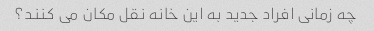
چه زمانی افراد جدید به این خانه نقل مکان می کنند؟